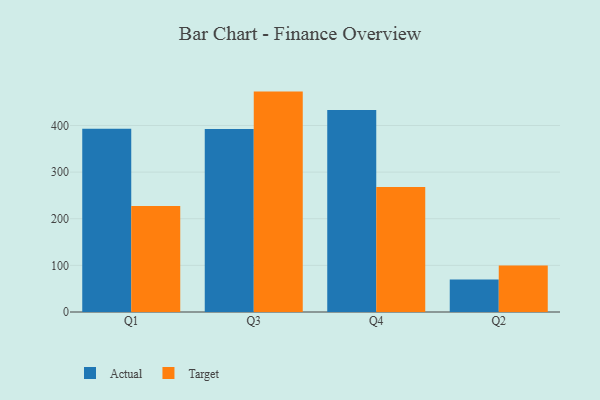
{"axis": {"x": "Quarter", "y": "Active Users"}, "legend": ["Actual", "Target"], "data": [{"x": "Q1", "y": 392.9, "type": "Actual"}, {"x": "Q1", "y": 227.3, "type": "Target"}, {"x": "Q3", "y": 392.3, "type": "Actual"}, {"x": "Q3", "y": 472.7, "type": "Target"}, {"x": "Q4", "y": 433.0, "type": "Actual"}, {"x": "Q4", "y": 268.2, "type": "Target"}, {"x": "Q2", "y": 69.9, "type": "Actual"}, {"x": "Q2", "y": 99.8, "type": "Target"}]}